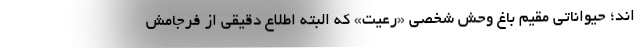
اند؛ حیواناتی مقیم باغ وحش شخصی «رعیت» که البته اطلاع دقیقی از فرجامش